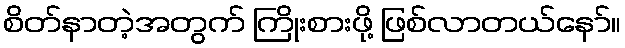
စိတ်နာတဲ့အတွက် ကြိုးစားဖို့ ဖြစ်လာတယ်နော်။